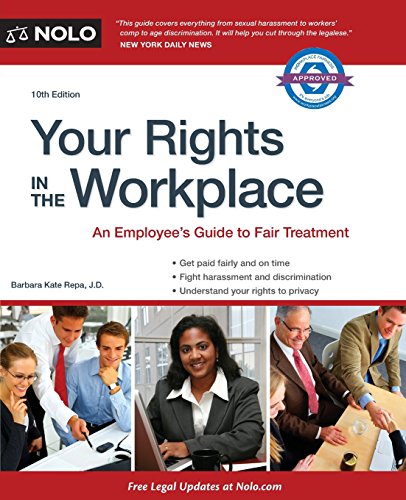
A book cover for Your Rights in the Workplace; Barbara Kate Repa; Law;